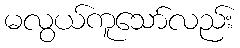
မလွယ်ကူသော်လည်း